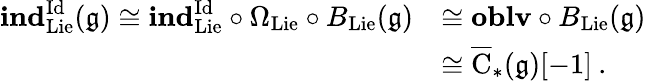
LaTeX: \begin{array}{rl}{\mathbf{ind}_{\mathrm{Lie}}^{\mathrm{Id}}(\mathfrak{g})\cong\mathbf{ind}_{\mathrm{Lie}}^{\mathrm{Id}}\circ\Omega_{\mathrm{Lie}}\circ B_{\mathrm{Lie}}(\mathfrak{g})}&{\cong\mathbf{oblv}\circ B_{\mathrm{Lie}}(\mathfrak{g})}\\ &{\cong\overline{{\mathrm{C}}}_{*}(\mathfrak{g})[-1]\: .}\end{array}